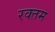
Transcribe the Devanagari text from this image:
रक्तम